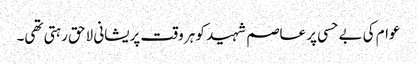
عوام کی بے حسی پر عاصم شہید کو ہر وقت پریشانی لاحق رہتی تھی۔